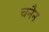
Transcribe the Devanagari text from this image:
चनैन